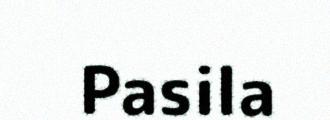
Pasila